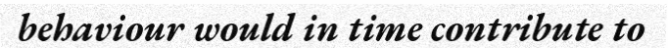
behaviour would in time contribute to